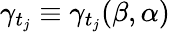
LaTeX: \gamma_{t_{j}}\equiv\gamma_{t_{j}}(\beta,\alpha)